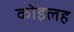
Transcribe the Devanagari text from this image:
कोइलह